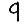
Digit: 9